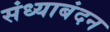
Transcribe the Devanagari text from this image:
संध्याबंदन